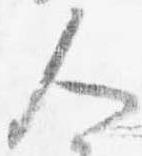
人